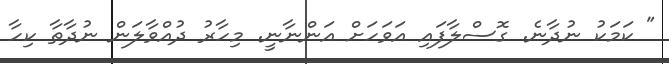
" ކަމަކު ނުދާނެ. ގޮސްލާފައި އަވަހަށް އަންނާނީ. މިހާރު ދުއްވާލަން ނުދާތާ ކިހާ